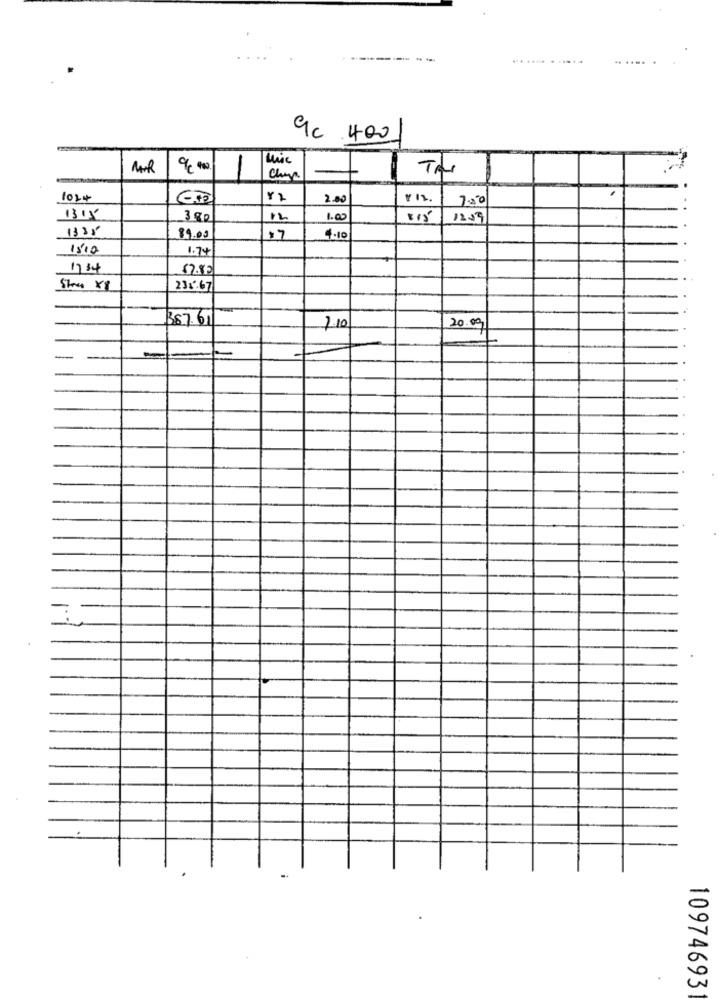
9c .400
mic
Chap
2.00
Y 12.
7.00
1315
380
12
1.00
1209
1335
89.00
17
4.10
1510
1.74
17 34
57.50
231.67
387.61
1.10
20.09
10974693